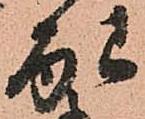
配